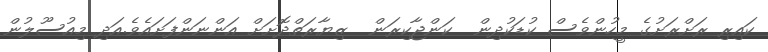
ކައިރި ރަށްރަށުގެ މީހުންވެސް ކުޑަކުދިން  ކަންޖާކިރަން  ޒިޔާރަތްދޮށަށް އަންނަންފަށައެވެ.އަދި މިއުސޫލުން